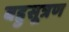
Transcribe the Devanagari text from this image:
बहुसूत्रण